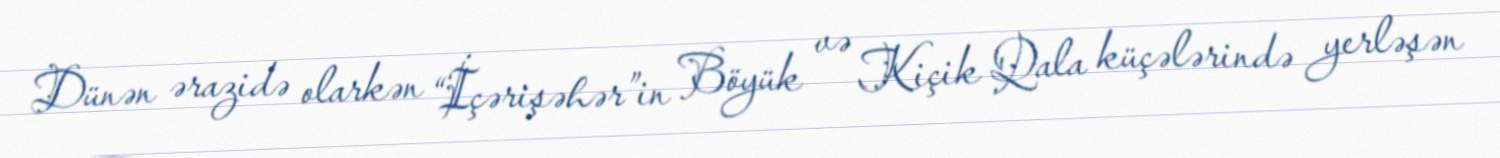
Dünən ərazidə olarkən “İçərişəhər”in Böyük və Kiçik Qala küçələrində yerləşən